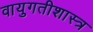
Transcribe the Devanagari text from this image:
वायुगतीशास्त्र